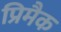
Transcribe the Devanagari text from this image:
प्रिमैक